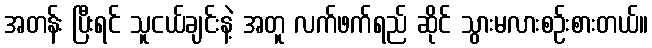
အတန်း ပြီးရင် သူငယ်ချင်းနဲ့ အတူ လက်ဖက်ရည် ဆိုင် သွားမလားစဉ်းစားတယ်။